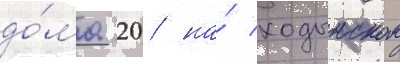
до́ма 20 на́ ходынском